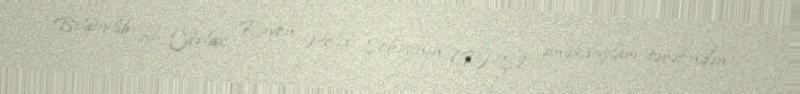
Bildiirlib ki, Yevlax Rayon Polis Şöbəsinin (RPŞ) əməkdaşları tərəfindən